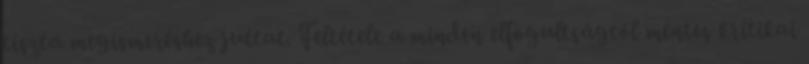
tiszta megismeréshez juttat. Feltétele a minden elfogultságtól mentes kritikai